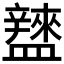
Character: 𥃌